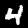
Digit: 4